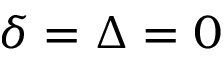
\delta = \Delta = 0